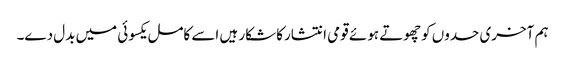
ہم آخری حدوں کوچھوتے ہوئے قومی انتشارکا شکار ہیں اسے کامل یکسوئی میں بدل دے۔